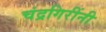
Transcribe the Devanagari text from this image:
चंद्रगिरींनी